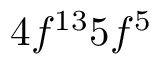
4 f ^ { 1 3 } 5 f ^ { 5 }